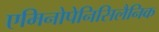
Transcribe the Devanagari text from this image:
एमिनोपेनिसिलैनिक